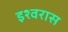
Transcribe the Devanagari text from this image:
इश्वरास